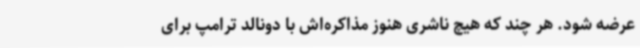
عرضه شود. هر چند که هیچ ناشری هنوز مذاکره‌اش با دونالد ترامپ برای